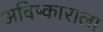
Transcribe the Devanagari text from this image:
अविष्काराला